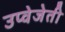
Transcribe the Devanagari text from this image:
उप्वेजेती